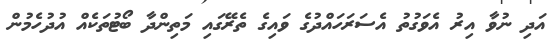
އަދި ނުވާ އިރު އެވަގުތު އެސަރަހައްދުގެ ވައިގެ ތެރޭގައި މަތިންދާ ބޯޓުތަކެއް އުދުހެމުން